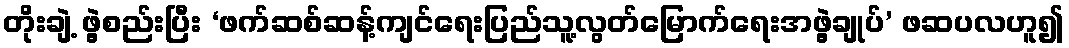
တိုးချဲ့ ဖွဲ့စည်းပြီး ‘ဖက်ဆစ်ဆန့်ကျင်ရေးပြည်သူ့လွတ်မြောက်ရေးအဖွဲ့ချုပ်’ ဖဆပလဟူ၍